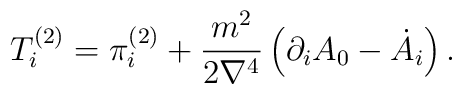
T_i^{(2)}=\pi_i^{(2)}+\frac{m^2}{2\nabla^4}\,\Bigl(\partial_i A_0-\dot A_i\Bigr)\,.